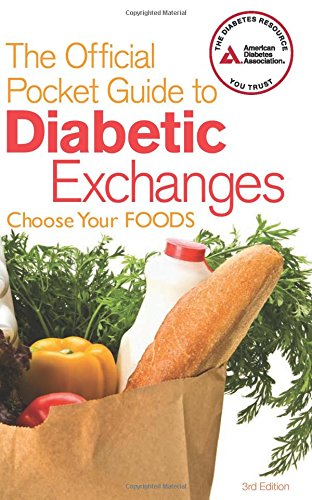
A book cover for The Official Pocket Guide to Diabetic Exchanges: Choose Your Foods; American Diabetes Association; Medical Books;